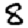
Digit: 8